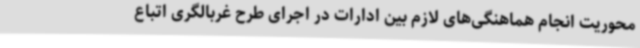
محوریت انجام هماهنگی‌های لازم بین ادارات در اجرای طرح غربالگری اتباع